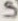
Text: S